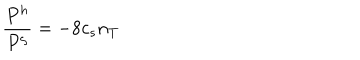
LaTeX: { \frac { P ^ { h } } { P ^ { \zeta } } = - 8 } c _ { s } n _ { T }